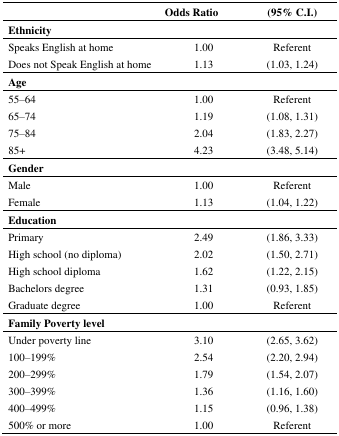
<table><thead><tr><td></td><td><b>Odds Ratio</b></td><td><b>(95% C.I.)</b></td></tr></thead><tbody><tr><td colspan="3"><b>Ethnicity</b></td></tr><tr><td>Speaks English at home</td><td>1.00</td><td>Referent</td></tr><tr><td>Does not Speak English at home</td><td>1.13</td><td>(1.03, 1.24)</td></tr><tr><td colspan="3"><b>Age</b></td></tr><tr><td>55–64</td><td>1.00</td><td>Referent</td></tr><tr><td>65–74</td><td>1.19</td><td>(1.08, 1.31)</td></tr><tr><td>75–84</td><td>2.04</td><td>(1.83, 2.27)</td></tr><tr><td>85+</td><td>4.23</td><td>(3.48, 5.14)</td></tr><tr><td colspan="3"><b>Gender</b></td></tr><tr><td>Male</td><td>1.00</td><td>Referent</td></tr><tr><td>Female</td><td>1.13</td><td>(1.04, 1.22)</td></tr><tr><td colspan="3"><b>Education</b></td></tr><tr><td>Primary</td><td>2.49</td><td>(1.86, 3.33)</td></tr><tr><td>High school (no diploma)</td><td>2.02</td><td>(1.50, 2.71)</td></tr><tr><td>High school diploma</td><td>1.62</td><td>(1.22, 2.15)</td></tr><tr><td>Bachelors degree</td><td>1.31</td><td>(0.93, 1.85)</td></tr><tr><td>Graduate degree</td><td>1.00</td><td>Referent</td></tr><tr><td colspan="3"><b>Family Poverty level</b></td></tr><tr><td>Under poverty line</td><td>3.10</td><td>(2.65, 3.62)</td></tr><tr><td>100–199%</td><td>2.54</td><td>(2.20, 2.94)</td></tr><tr><td>200–299%</td><td>1.79</td><td>(1.54, 2.07)</td></tr><tr><td>300–399%</td><td>1.36</td><td>(1.16, 1.60)</td></tr><tr><td>400–499%</td><td>1.15</td><td>(0.96, 1.38)</td></tr><tr><td>500% or more</td><td>1.00</td><td>Referent</td></tr></tbody></table>